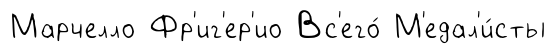
Марчелло Фр'иг'ер'ио Вс'его́ М'едал'и́сты